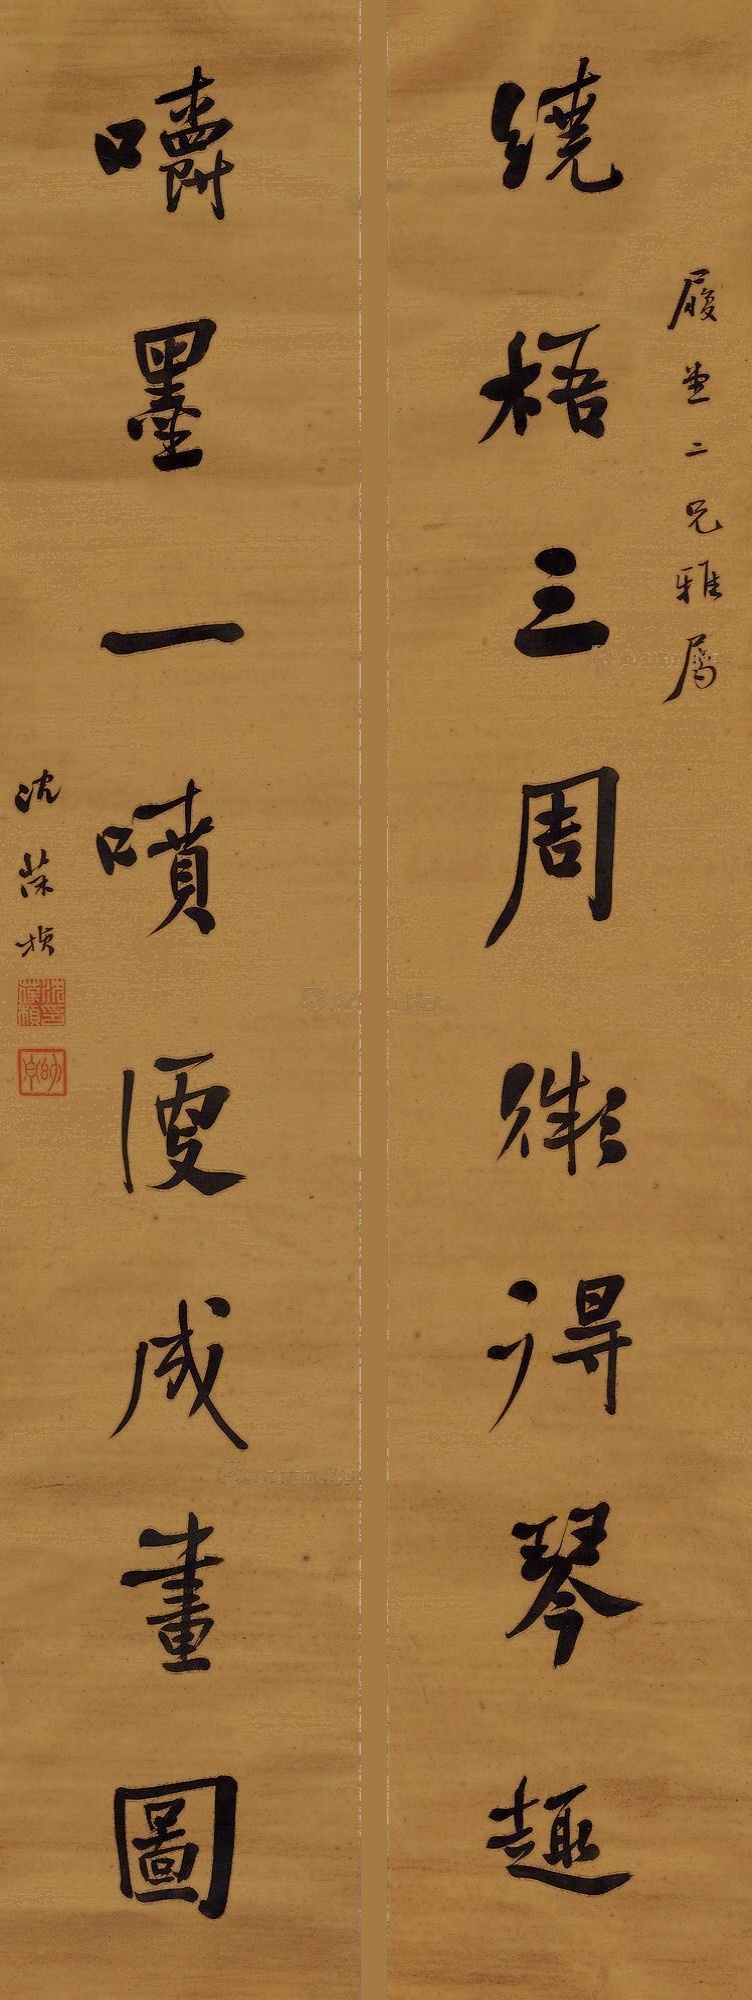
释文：绕梧三周微得琴趣，嚼墨一喷便成画图。履堂二兄雅属，沈葆桢。